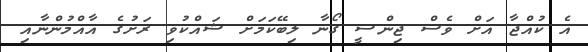
އެ ކުއްޖާ އަށް ވެސް ޖިންސީ ގޯނާ ލިބޭކަމަށް ޝައްކުވި ރަށުގެ އާއްމުންނާއި